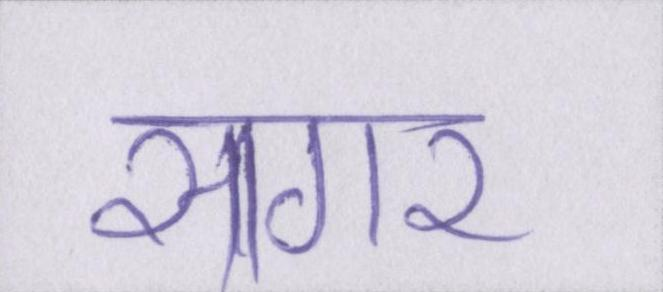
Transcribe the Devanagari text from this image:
सागर